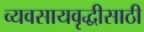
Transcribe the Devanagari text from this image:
व्यवसायवृद्धीसाठी